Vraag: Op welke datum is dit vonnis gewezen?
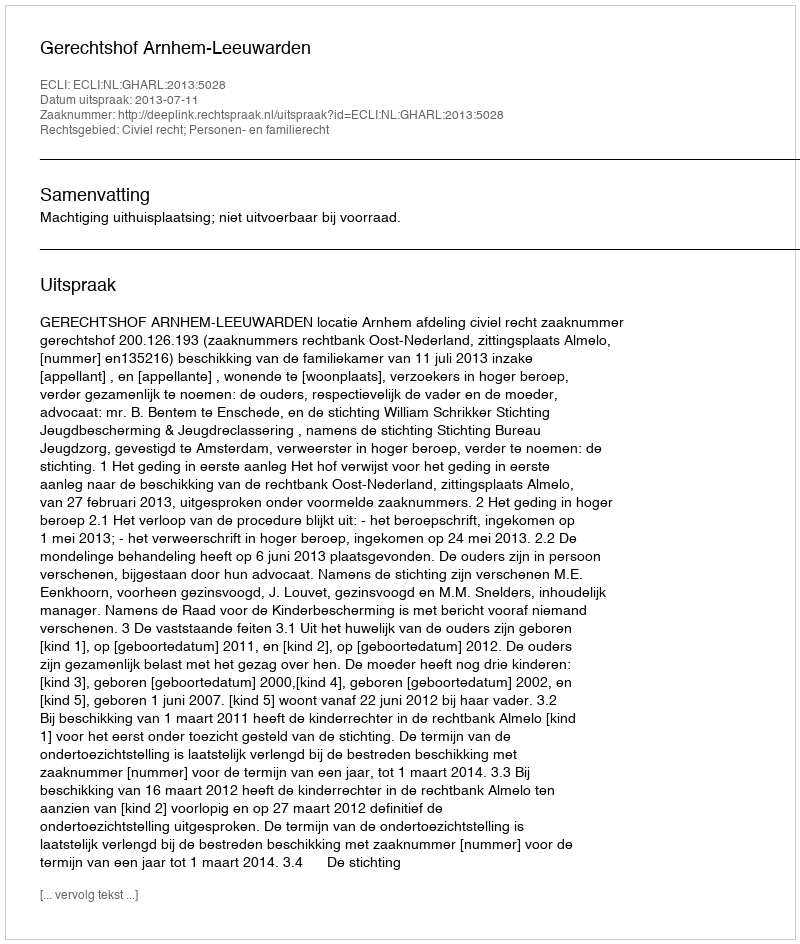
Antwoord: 2013-07-11